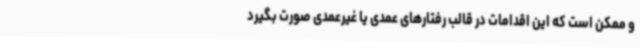
و ممکن است که این اقدامات در قالب رفتارهای عمدی یا غیرعمدی صورت بگیرد